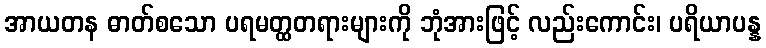
အာယတန ဓာတ်စသော ပရမတ္ထတရားများကို ဘုံအားဖြင့် လည်းကောင်း၊ ပရိယာပန္န